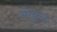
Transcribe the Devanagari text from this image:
बोकूड